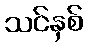
သင်နှစ်